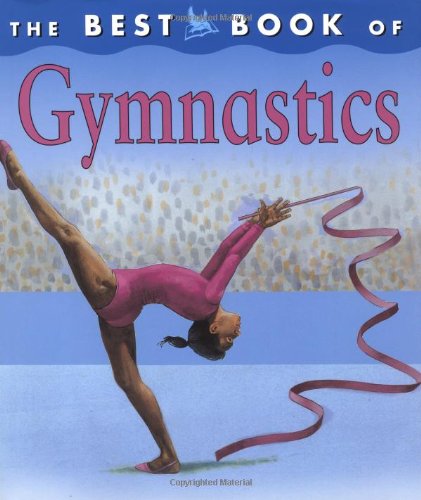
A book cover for The Best Book of Gymnastics; Christine Morley; Children's Books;